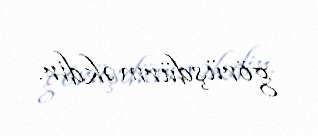
görüşdürməkdir.